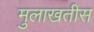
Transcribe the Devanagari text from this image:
मुलाखतीस